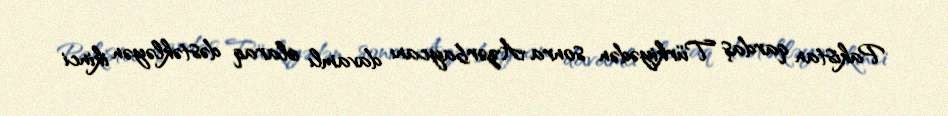
Pakistan qardaş Türkiyədən sonra Azərbaycanı davamlı olaraq dəstəkləyən ikinci